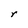
Character: r